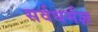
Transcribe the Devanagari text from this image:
सर्वधर्मज्ञ